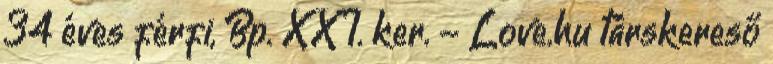
34 éves férfi, Bp. XXI. ker. - Love.hu társkereső